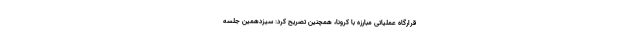
قرارگاه عملیاتی مبارزه با کرونا، همچنین تصریح کرد: سیزدهمین جلسه